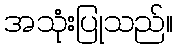
အသုံးပြုသည်။